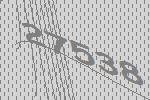
27538